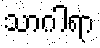
သာဂါရာ